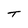
Character: T